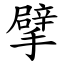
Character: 擘